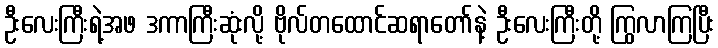
ဦးလေးကြီးရဲ့အဖ ဒကာကြီးဆုံးလို့ ဗိုလ်တထောင်ဆရာတော်နဲ့ ဦးလေးကြီးတို့ ကြွလာကြပြီး